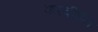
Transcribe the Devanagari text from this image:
करवीईन